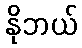
နိုဘယ်